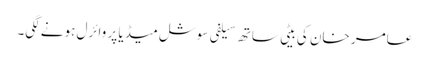
عامر خان کی بیٹی ساتھ سیلفی سوشل میڈیا پر وائرل ہونے لگی۔